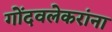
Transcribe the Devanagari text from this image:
गोंदवलेकरांना